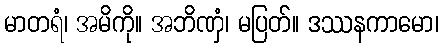
မာတရံ၊ အမိကို။ အဘိဏှံ၊ မပြတ်။ ဒဿနကာမော၊